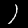
Label: 1